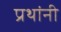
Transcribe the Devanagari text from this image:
प्रथांनी